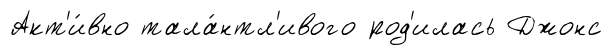
Акт'и́вно тала́нтл'ивого род'илась Джонс